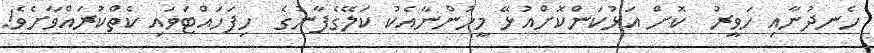
ހެނދުނާއި ހަވީރު  ކޮށް އަޅުކަންކޮށްއުޅޭ މީހުންނާއެކު ކަލޭގެފާނުގެ  ހިފަހައްޓަވައި ކެތްކުރައްވާށެވެ!